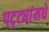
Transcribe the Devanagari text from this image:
पट्ट्यांमधे